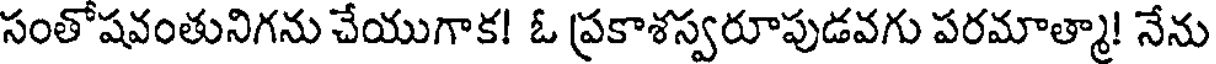
సంతోషవంతునిగను చేయుగాక! ఓ ప్రకాశస్వరూపుడవగు పరమాత్మా! నేను